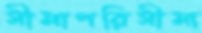
সীমাপরিসীমা